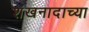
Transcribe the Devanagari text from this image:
शंखनादाच्या